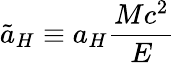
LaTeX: \tilde{a}_{H}\equiv a_{H}\frac{Mc^{2}}{E}